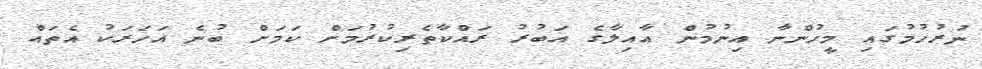
ނުރުހުމުގައި މީހުންނާ އިނުމުން އާއިލާގެ އަބުރު ރައްކާތެރިކުރުމަށް ކަމަށް ބުނެ އަހަރަކު އެތައް